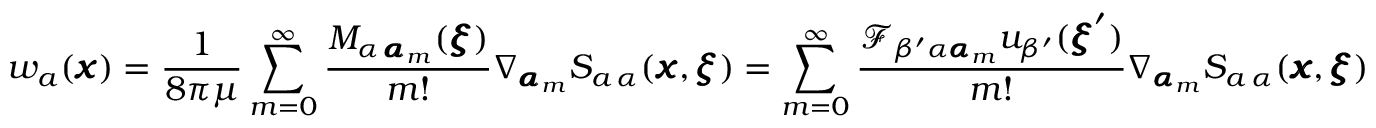
w _ { a } ( { \pmb x } ) = \frac { 1 } { 8 \pi \mu } \sum _ { m = 0 } ^ { \infty } \frac { M _ { \alpha \, { \pmb \alpha } _ { m } } ( { \pmb \xi } ) } { m ! } \nabla _ { { \pmb \alpha } _ { m } } S _ { a \, \alpha } ( { \pmb x } , { \pmb \xi } ) = \sum _ { m = 0 } ^ { \infty } \frac { \mathcal { F } _ { \beta ^ { \prime } \alpha { \pmb \alpha } _ { m } } u _ { \beta ^ { \prime } } ( { \pmb \xi } ^ { \prime } ) } { m ! } \nabla _ { { \pmb \alpha } _ { m } } S _ { a \, \alpha } ( { \pmb x } , { \pmb \xi } )